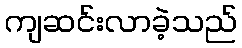
ကျဆင်းလာခဲ့သည်